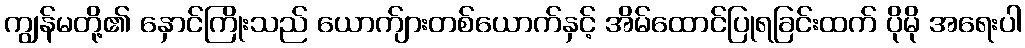
ကျွန်မတို့၏ နှောင်ကြိုးသည် ယောက်ျားတစ်ယောက်နှင့် အိမ်ထောင်ပြုရခြင်းထက် ပိုမို အရေးပါ